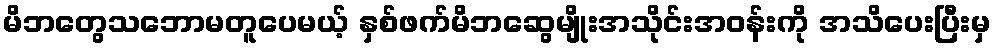
မိဘတွေသဘောမတူပေမယ့် နှစ်ဖက်မိဘဆွေမျိုးအသိုင်းအဝန်းကို အသိပေးပြီးမှ